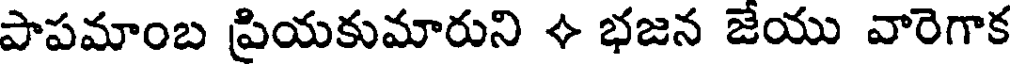
పాపమాంబ ప్రియకుమారుని + భజన జేయు వారెగాక